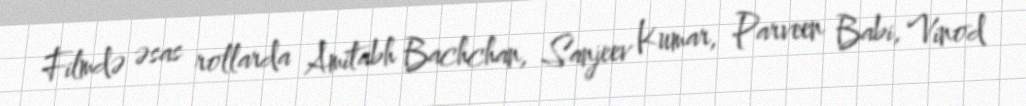
Filmdə əsas rollarda Amitabh Bachchan, Sanjeev Kumar, Parveen Babi, Vinod